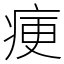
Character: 㾘